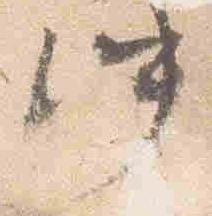
仲